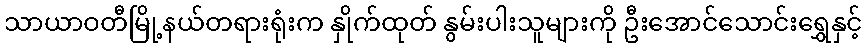
သာယာဝတီမြို့နယ်တရားရုံးက နှိုက်ထုတ် နွမ်းပါးသူများကို ဦးအောင်သောင်းရွှေနှင့်